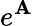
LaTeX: e^{\mathbf{A}}